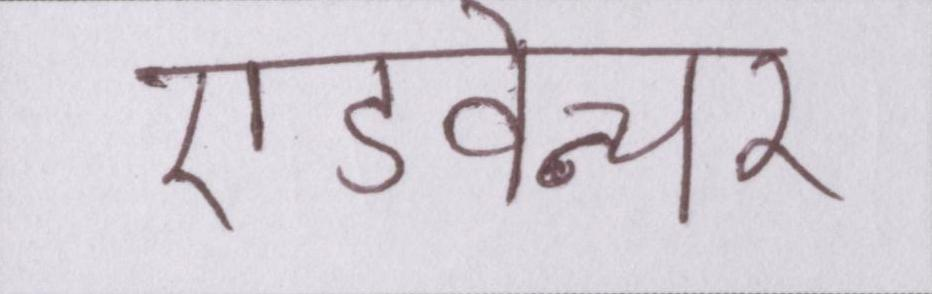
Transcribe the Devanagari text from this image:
एडवेन्चर